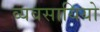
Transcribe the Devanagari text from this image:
व्यवसायियो